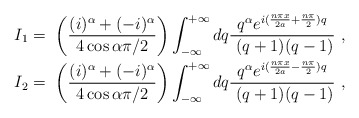
\begin{align*}I_{1} & =\ \left( \frac{(i)^{\alpha}+(-i)^{\alpha}}{4\cos\alpha\pi/2}\right) \int_{-\infty}^{+\infty}dq\frac{q^{\alpha}e^{i(\frac{n\pi x}{2a}+\frac{n\pi}{2})q}}{\ (q+1)(q-1)}\ ,\\I_{2} & =\ \left( \frac{(i)^{\alpha}+(-i)^{\alpha}}{4\cos\alpha\pi/2}\right) \int_{-\infty}^{+\infty}dq\frac{q^{\alpha}e^{i(\frac{n\pi x}{2a}-\frac{n\pi}{2})q}}{\ (q+1)(q-1)}\ ,\end{align*}